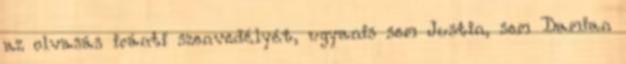
az olvasás iránti szenvedélyét, ugyanis sem Justin, sem Damian